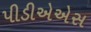
પીડીએએસ